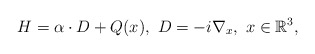
\begin{align*} H = \alpha \cdot D + Q(x),\ D = -i \nabla_{x},\ x \in \mathbb{R}^{3},\end{align*}